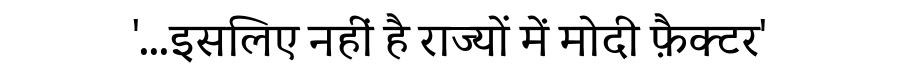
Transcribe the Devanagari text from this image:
'...इसलिए नहीं है राज्यों में मोदी फ़ैक्टर'